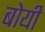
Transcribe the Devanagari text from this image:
बोयी